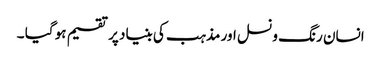
انسان رنگ و نسل اور مذہب کی بنیاد پر تقسیم ہو گیا ۔